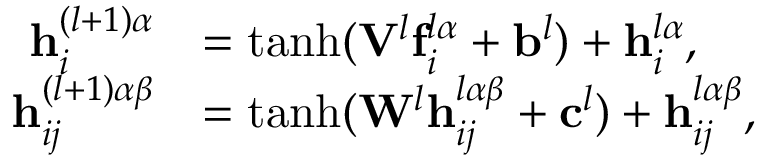
\begin{array} { r l } { \mathbf { h } _ { i } ^ { ( l + 1 ) \alpha } } & { = \operatorname { t a n h } ( \mathbf { V } ^ { l } \mathbf { f } _ { i } ^ { l \alpha } + \mathbf { b } ^ { l } ) + \mathbf { h } _ { i } ^ { l \alpha } , } \\ { \mathbf { h } _ { i j } ^ { ( l + 1 ) \alpha \beta } } & { = \operatorname { t a n h } ( \mathbf { W } ^ { l } \mathbf { h } _ { i j } ^ { l \alpha \beta } + \mathbf { c } ^ { l } ) + \mathbf { h } _ { i j } ^ { l \alpha \beta } , } \end{array}